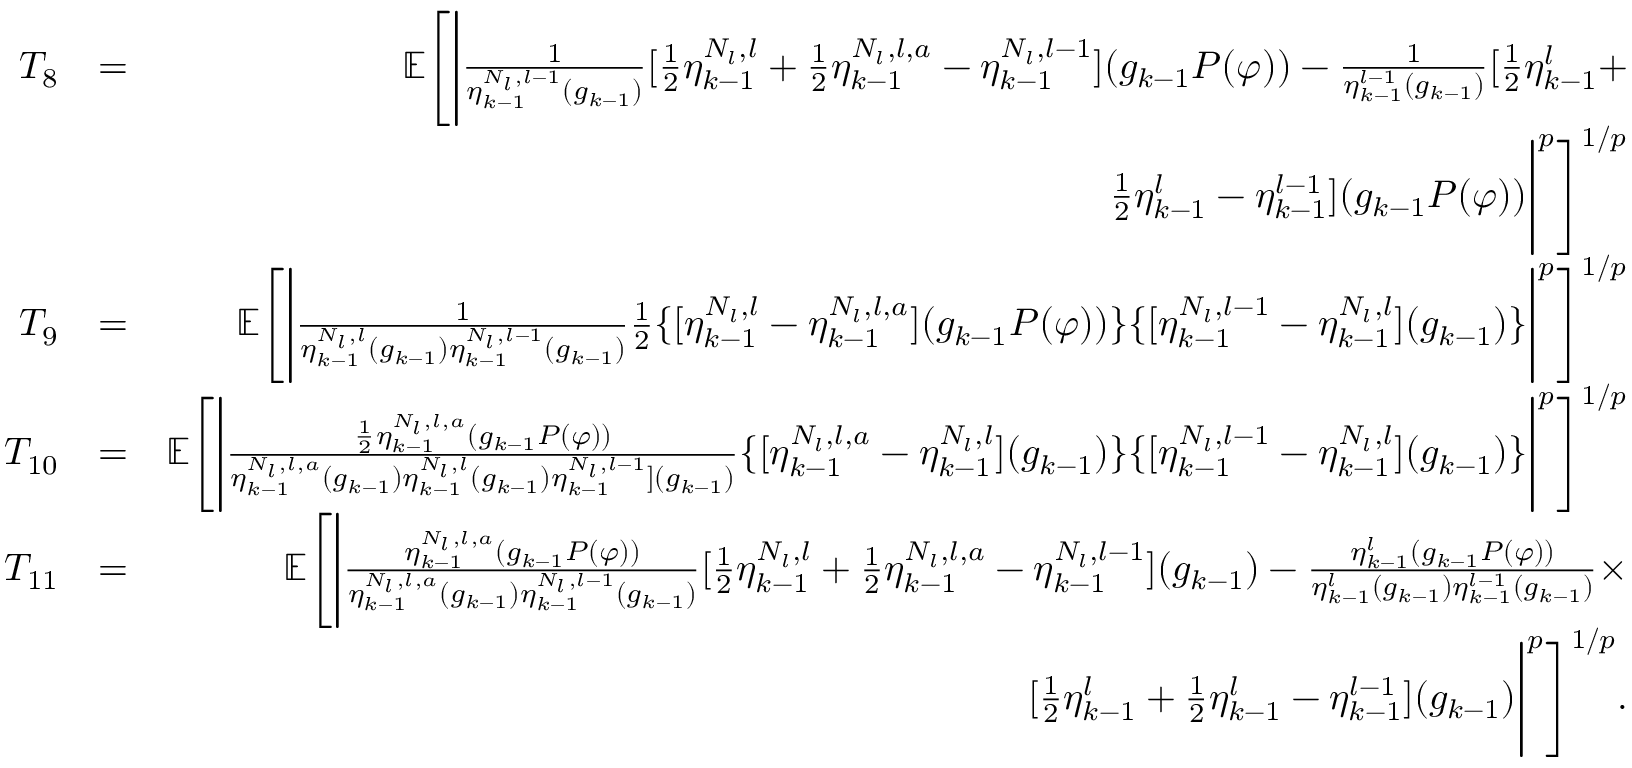
\begin{array} { r l r } { T _ { 8 } } & { = } & { \mathbb { E } \Bigg [ \Bigg | \frac { 1 } { \eta _ { k - 1 } ^ { N _ { l } , l - 1 } ( g _ { k - 1 } ) } [ \frac { 1 } { 2 } \eta _ { k - 1 } ^ { N _ { l } , l } + \frac { 1 } { 2 } \eta _ { k - 1 } ^ { N _ { l } , l , a } - \eta _ { k - 1 } ^ { N _ { l } , l - 1 } ] ( g _ { k - 1 } P ( \varphi ) ) - \frac { 1 } { \eta _ { k - 1 } ^ { l - 1 } ( g _ { k - 1 } ) } [ \frac { 1 } { 2 } \eta _ { k - 1 } ^ { l } + } \\ & { } & { \frac { 1 } { 2 } \eta _ { k - 1 } ^ { l } - \eta _ { k - 1 } ^ { l - 1 } ] ( g _ { k - 1 } P ( \varphi ) ) \Bigg | ^ { p } \Bigg ] ^ { 1 / p } } \\ { T _ { 9 } } & { = } & { \mathbb { E } \Bigg [ \Bigg | \frac { 1 } { \eta _ { k - 1 } ^ { N _ { l } , l } ( g _ { k - 1 } ) \eta _ { k - 1 } ^ { N _ { l } , l - 1 } ( g _ { k - 1 } ) } \frac { 1 } { 2 } \{ [ \eta _ { k - 1 } ^ { N _ { l } , l } - \eta _ { k - 1 } ^ { N _ { l } , l , a } ] ( g _ { k - 1 } P ( \varphi ) ) \} \{ [ \eta _ { k - 1 } ^ { N _ { l } , l - 1 } - \eta _ { k - 1 } ^ { N _ { l } , l } ] ( g _ { k - 1 } ) \} \Bigg | ^ { p } \Bigg ] ^ { 1 / p } } \\ { T _ { 1 0 } } & { = } & { \mathbb { E } \Bigg [ \Bigg | \frac { \frac { 1 } { 2 } \eta _ { k - 1 } ^ { N _ { l } , l , a } ( g _ { k - 1 } P ( \varphi ) ) } { \eta _ { k - 1 } ^ { N _ { l } , l , a } ( g _ { k - 1 } ) \eta _ { k - 1 } ^ { N _ { l } , l } ( g _ { k - 1 } ) \eta _ { k - 1 } ^ { N _ { l } , l - 1 } ] ( g _ { k - 1 } ) } \{ [ \eta _ { k - 1 } ^ { N _ { l } , l , a } - \eta _ { k - 1 } ^ { N _ { l } , l } ] ( g _ { k - 1 } ) \} \{ [ \eta _ { k - 1 } ^ { N _ { l } , l - 1 } - \eta _ { k - 1 } ^ { N _ { l } , l } ] ( g _ { k - 1 } ) \} \Bigg | ^ { p } \Bigg ] ^ { 1 / p } } \\ { T _ { 1 1 } } & { = } & { \mathbb { E } \Bigg [ \Bigg | \frac { \eta _ { k - 1 } ^ { N _ { l } , l , a } ( g _ { k - 1 } P ( \varphi ) ) } { \eta _ { k - 1 } ^ { N _ { l } , l , a } ( g _ { k - 1 } ) \eta _ { k - 1 } ^ { N _ { l } , l - 1 } ( g _ { k - 1 } ) } [ \frac { 1 } { 2 } \eta _ { k - 1 } ^ { N _ { l } , l } + \frac { 1 } { 2 } \eta _ { k - 1 } ^ { N _ { l } , l , a } - \eta _ { k - 1 } ^ { N _ { l } , l - 1 } ] ( g _ { k - 1 } ) - \frac { \eta _ { k - 1 } ^ { l } ( g _ { k - 1 } P ( \varphi ) ) } { \eta _ { k - 1 } ^ { l } ( g _ { k - 1 } ) \eta _ { k - 1 } ^ { l - 1 } ( g _ { k - 1 } ) } \times } \\ & { } & { [ \frac { 1 } { 2 } \eta _ { k - 1 } ^ { l } + \frac { 1 } { 2 } \eta _ { k - 1 } ^ { l } - \eta _ { k - 1 } ^ { l - 1 } ] ( g _ { k - 1 } ) \Bigg | ^ { p } \Bigg ] ^ { 1 / p } . } \end{array}